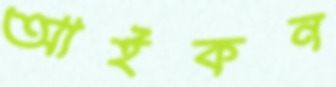
আইকন